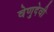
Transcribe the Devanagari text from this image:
वेणुदेवी